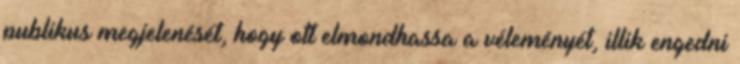
publikus megjelenését, hogy ott elmondhassa a véleményét, illik engedni